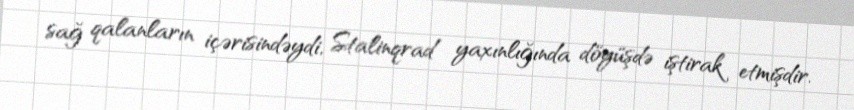
sağ qalanların içərisindəydi, Stalinqrad yaxınlığında döyüşdə iştirak etmişdir.